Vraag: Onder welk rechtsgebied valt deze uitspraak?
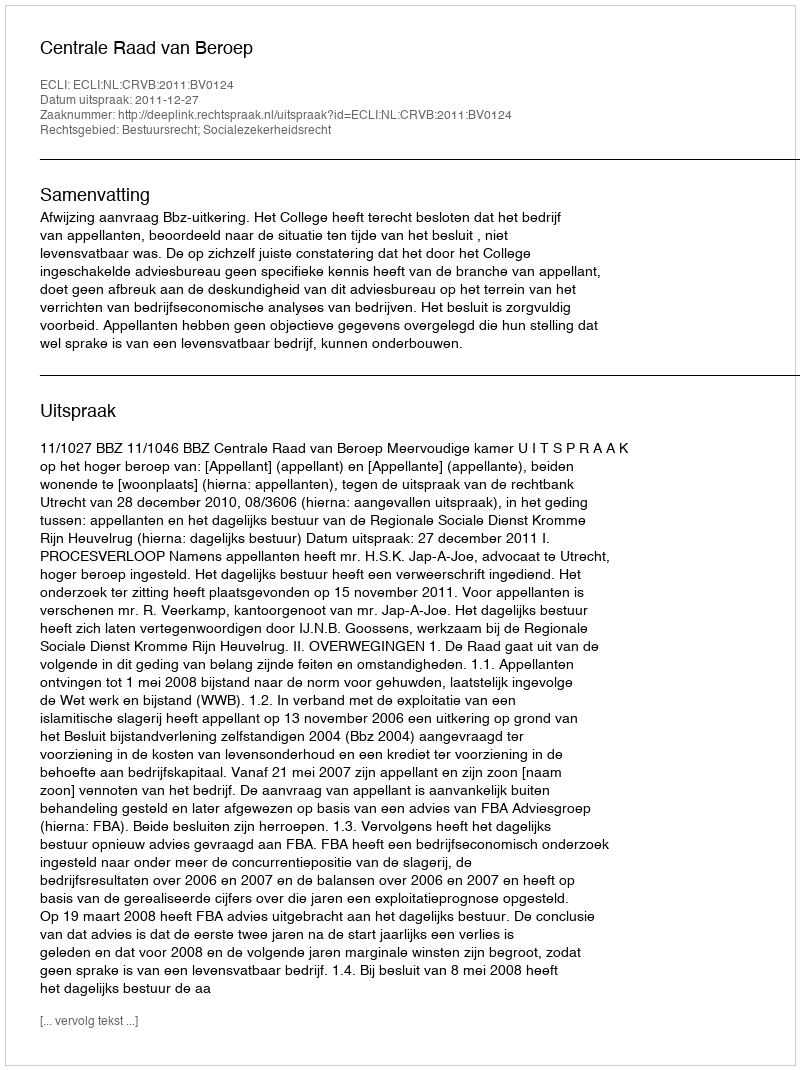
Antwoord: Bestuursrecht; Socialezekerheidsrecht